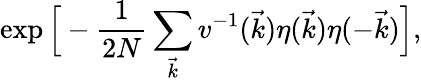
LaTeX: \exp\Big[-\frac{1}{2N}\sum_{\vec{k}}v^{-1}(\vec{k})\eta(\vec{k})\eta(-\vec{k})\Big],